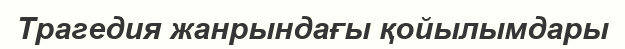
Трагедия жанрындағы қойылымдары